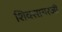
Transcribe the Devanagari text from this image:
शिवसागरजी